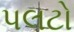
પલટો